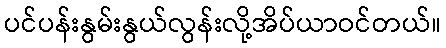
ပင်ပန်းနွမ်းနွယ်လွန်းလို့အိပ်ယာဝင်တယ်။